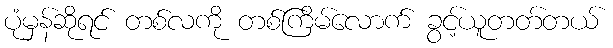
ပုံမှန်ဆိုရင် တစ်လကို တစ်ကြိမ်လောက် ခွင့်ယူတတ်တယ်